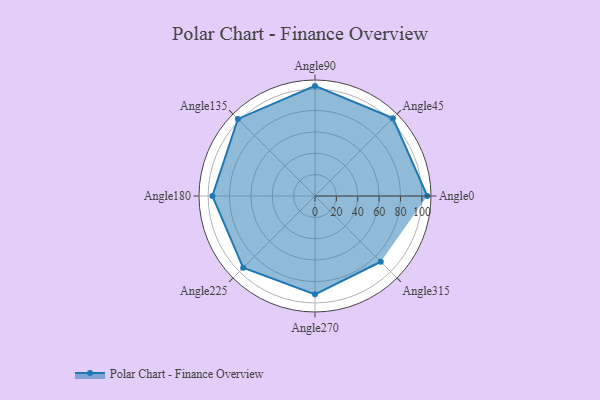
{"axis": {"x": "Angle", "y": "Radius"}, "legend": [""], "data": [{"x": "Angle0", "y": 105.0, "type": ""}, {"x": "Angle45", "y": 103.0, "type": ""}, {"x": "Angle90", "y": 103.0, "type": ""}, {"x": "Angle135", "y": 102.0, "type": ""}, {"x": "Angle180", "y": 96.0, "type": ""}, {"x": "Angle225", "y": 95.0, "type": ""}, {"x": "Angle270", "y": 92.0, "type": ""}, {"x": "Angle315", "y": 87.0, "type": ""}]}